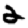
Digit: 2